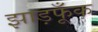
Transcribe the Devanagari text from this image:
झाड़फूँक